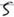
Text: S